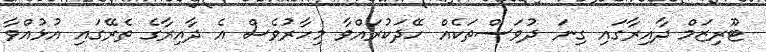
ޓޫރިޒަމް ދާއިރާގައި ގިނަ ދުވަސްތަކެއް ހޭދަކުރައްވާ މިހާރުވެސް އެ ދާއިރާގެ ތެރޭގައި އުޅުއްވާ